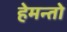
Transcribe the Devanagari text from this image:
हेमन्तो